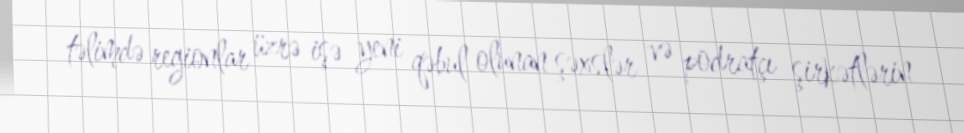
təlimdə regionlar üzrə işə yeni qəbul olunan şəxslər və podratçı şirkətlərin